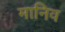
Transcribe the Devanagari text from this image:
मानिव